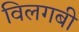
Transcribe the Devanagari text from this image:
विलगबी